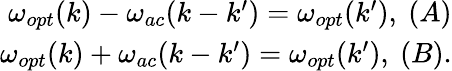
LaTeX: \begin{array}{r}{\omega_{opt}(k)-\omega_{ac}(k-k^{\prime})=\omega_{opt}(k^{\prime}),~(A)}\\ {\omega_{opt}(k)+\omega_{ac}(k-k^{\prime})=\omega_{opt}(k^{\prime}),~(B).}\end{array}